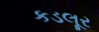
કડલૂર